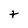
Character: t